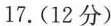
17.（12分）